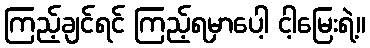
ကြည့်ချင်ရင် ကြည့်ရမှာပေါ့ ငါ့မြေးရဲ့။